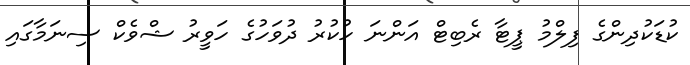
ކުޑަކުދިންގެ ފިލްމު ޕީޓާ ރެބިޓް އަންނަ ހުކުރު ދުވަހުގެ ހަވީރު ޝްވެކް ސިނަމާގައި